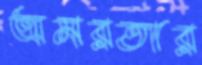
অমরতার